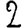
Digit: 2